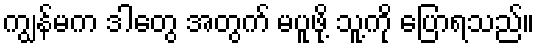
ကျွန်မက ဒါတွေ အတွက် မပူဖို့ သူ့ကို ပြောရသည်။